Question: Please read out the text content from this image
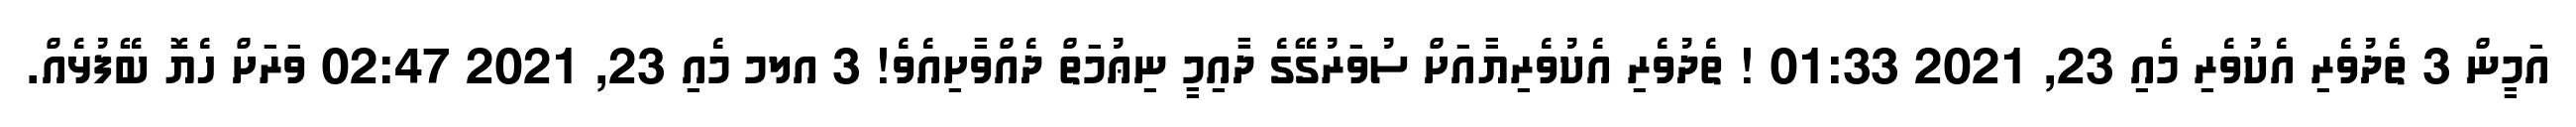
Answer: އަމީން 3 ތެދުވެރި އެކުވެރި މެއި 23, 2021 01:33 ! ތެދުވެރި އެކުވެރިޔާއަށް ސުވަރުގޭގެ ދާއިމީ ނިޢުމަތް ދެއްވާށިއެވެ! 3 އލމ މެއި 23, 2021 02:47 ވަރަށް ހެޔޮ ބޭފުޅެއް.